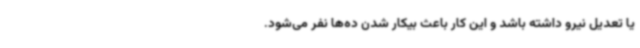
یا تعدیل نیرو داشته باشد و این کار باعث بیکار شدن ده‌ها نفر می‌شود.